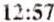
12:57